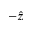
- \hat { z }